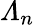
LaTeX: \varLambda_{n}